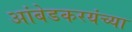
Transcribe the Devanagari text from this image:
आंबेडकरयंच्या